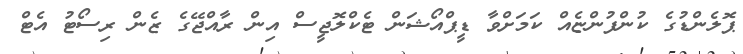
ޕޮލެންޑުގެ ކުންފުންޏެއް ކަމަށްވާ ޑީޕްއޯޝަން ޓެކްލޮޖީސް އިން ރާއްޖޭގެ ޒެން ރިސޯޓު އެޓް